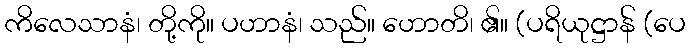
ကိလေသာနံ၊ တို့ကို။ ပဟာနံ၊ သည်။ ဟောတိ၊ ၏။ (ပရိယုဋ္ဌာန် (ပေ